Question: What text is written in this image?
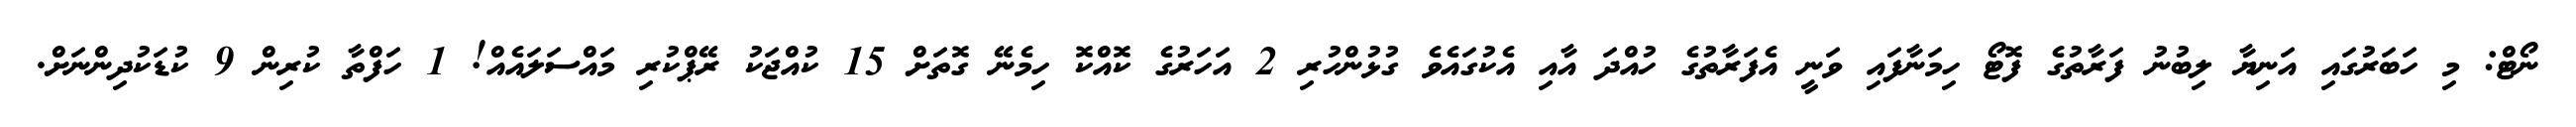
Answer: ނޯޓް: މި ހަބަރުގައި އަނިޔާ ލިބުނު ފަރާތުގެ ފޮޓޯ ހިމަނާފައި ވަނީ އެފަރާތުގެ ހުއްދަ އާއި އެކުގައެވެ ގުޅުންހުރި 2 އަހަރުގެ ކޮއްކޮ ހިމެނޭ ގޮތަށް 15 ކުއްޖަކު ރޭޕްކުރި މައްސަލައެއް! 1 ހަފްތާ ކުރިން 9 ކުޑަކުދިންނަށް.